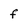
Character: f